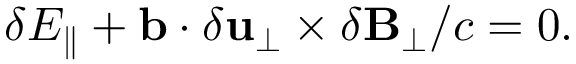
\begin{array} { r } { \delta E _ { \parallel } + \mathbf { b } \cdot \delta \mathbf { u } _ { \perp } \times \delta \mathbf { B } _ { \perp } / c = 0 . } \end{array}